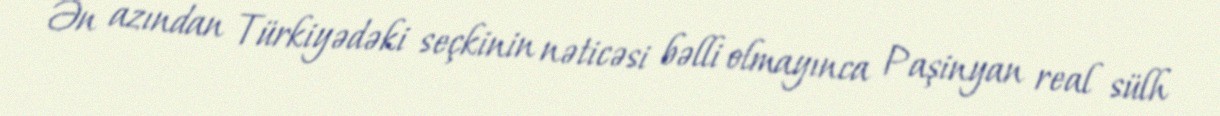
Ən azından Türkiyədəki seçkinin nəticəsi bəlli olmayınca Paşinyan real sülh